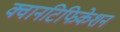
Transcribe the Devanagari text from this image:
क्वानटिफिकेशन